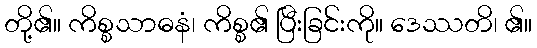
တို့၏။ ကိစ္စသာဓနံ၊ ကိစ္စ၏ ပြီးခြင်းကို။ ဒေဿတိ၊ ၏။